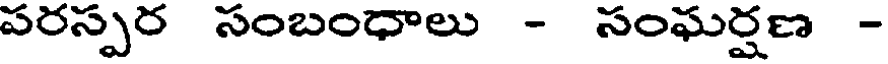
పరస్పర సంబంధాలు - సంఘర్షణ -